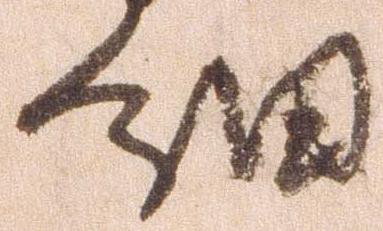
細